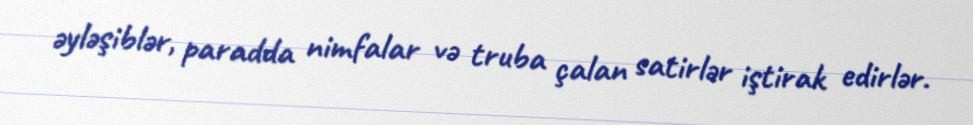
əyləşiblər, paradda nimfalar və truba çalan satirlər iştirak edirlər.